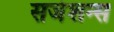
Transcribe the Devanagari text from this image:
सजेशन्स